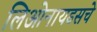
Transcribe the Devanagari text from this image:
लिओनायडसचे